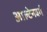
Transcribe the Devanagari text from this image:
आल्टेनवर्ग